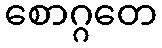
စောဂ္ဂတေ